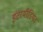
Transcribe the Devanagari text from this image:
इंटरमीडियट